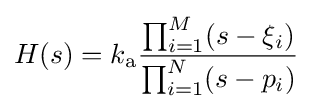
H(s)=k_{\mathrm {a} }{\frac {\prod _{i=1}^{M}(s-\xi _{i})}{\prod _{i=1}^{N}(s-p_{i})}}